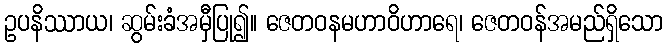
ဥပနိဿာယ၊ ဆွမ်းခံအမှီပြု၍။ ဇေတဝနမဟာဝိဟာရေ၊ ဇေတဝန်အမည်ရှိသော